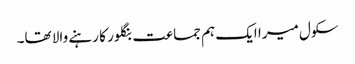
سکول میرا ایک ہم جماعت بنگلور کا رہنے والا تھا۔